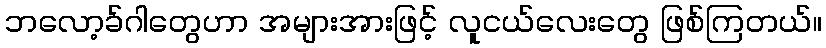
ဘလော့ခ်ဂါတွေဟာ အများအားဖြင့် လူငယ်လေးတွေ ဖြစ်ကြတယ်။